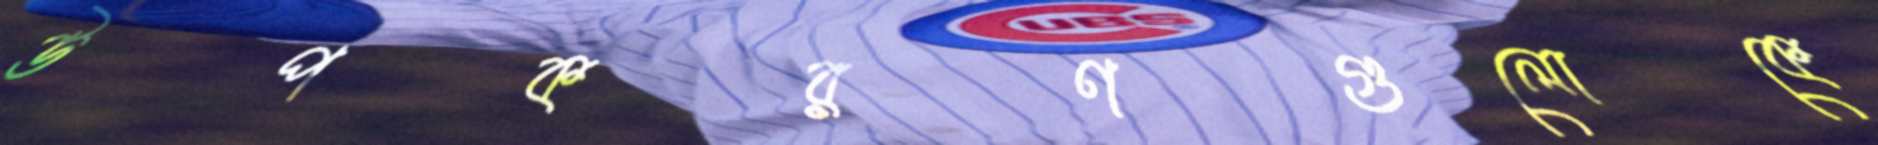
উপকরণগুলোকে